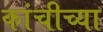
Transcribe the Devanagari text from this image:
कांचीच्या